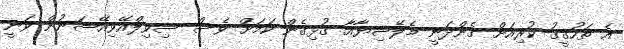
އެ ތަހުގީގު ކުރިއަށް ގެންދަނީ މެލޭޝިޔާއާ ގުޅިގެން ކަމަށް ވެސް ސިވިލްއޭވިއޭޝަނުން ވަނީ